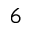
6